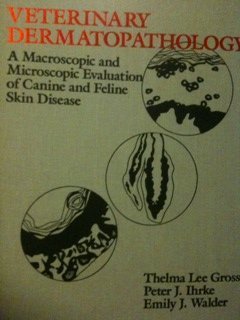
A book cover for Veterinary Dermatopathology: A Macroscopic and Microscopic Evaluation of Canine and Feline Skin Disease; Thelma Lee Gross; Medical Books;